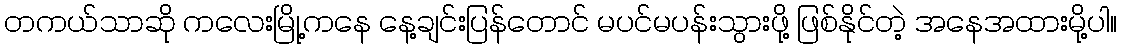
တကယ်သာဆို ကလေးမြို့ကနေ နေ့ချင်းပြန်တောင် မပင်မပန်းသွားဖို့ ဖြစ်နိုင်တဲ့ အနေအထားမို့ပါ။